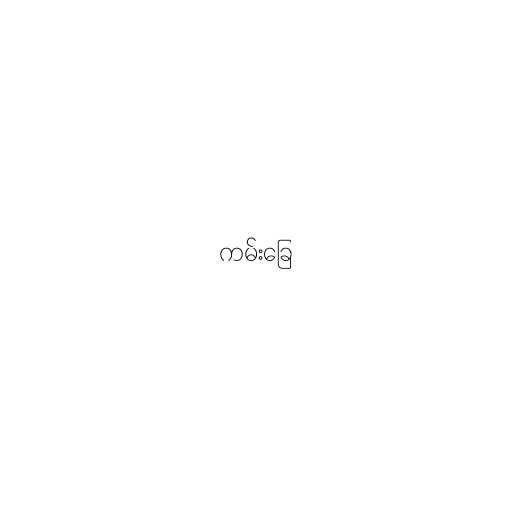
ကမ်းခြေ